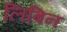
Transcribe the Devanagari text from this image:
लिबिन